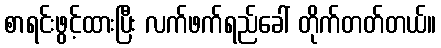
စာရင်းဖွင့်ထားပြီး လက်ဖက်ရည်ခေါ် တိုက်တတ်တယ်။